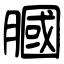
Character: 膕